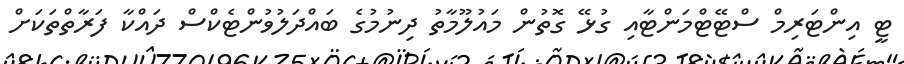
ޓީ އިންޓަރިމް ސްޓޭޓްމަންޓާއި ގުޅޭ ގޮތުން މައުލޫމާތު ދިނުމުގެ ބައްދަލުވުންޓެކްސް ދައްކާ ފަރާތްތަކަށް